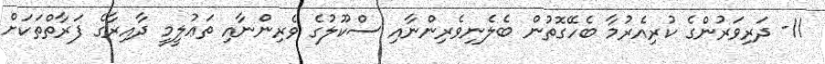
11- ދަރިވަރުންގެ ކުރިއެރުމާ ބެހޭގޮތުން ބެލެނިވެރިންނާއި ސްކޫލުގެ ވެރިންނާއި ތަޢުލީމީ ދާއިރާގެ ފަރާތްތަކަށް